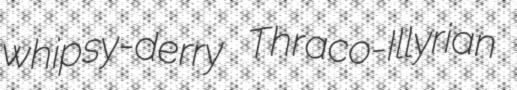
whipsy-derry Thraco-Illyrian